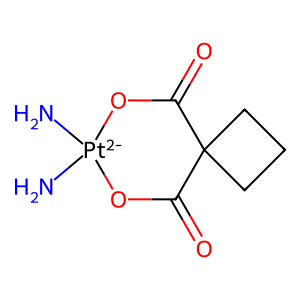
SMILES: N[Pt-2]1(N)OC(=O)C2(CCC2)C(=O)O1
Inhibits HIV replication: No